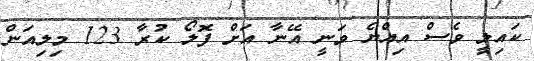
ކައިލީ ވެސް އިއްޔެ ވަނީ އޭނާ އަށް ފޮލޯ ކުރާ 123 މިލިއަން